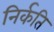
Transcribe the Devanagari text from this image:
निर्कति